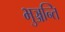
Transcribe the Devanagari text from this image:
भुञ्जन्ति